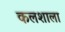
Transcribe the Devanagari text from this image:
कलशाला